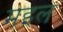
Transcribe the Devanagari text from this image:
मइल